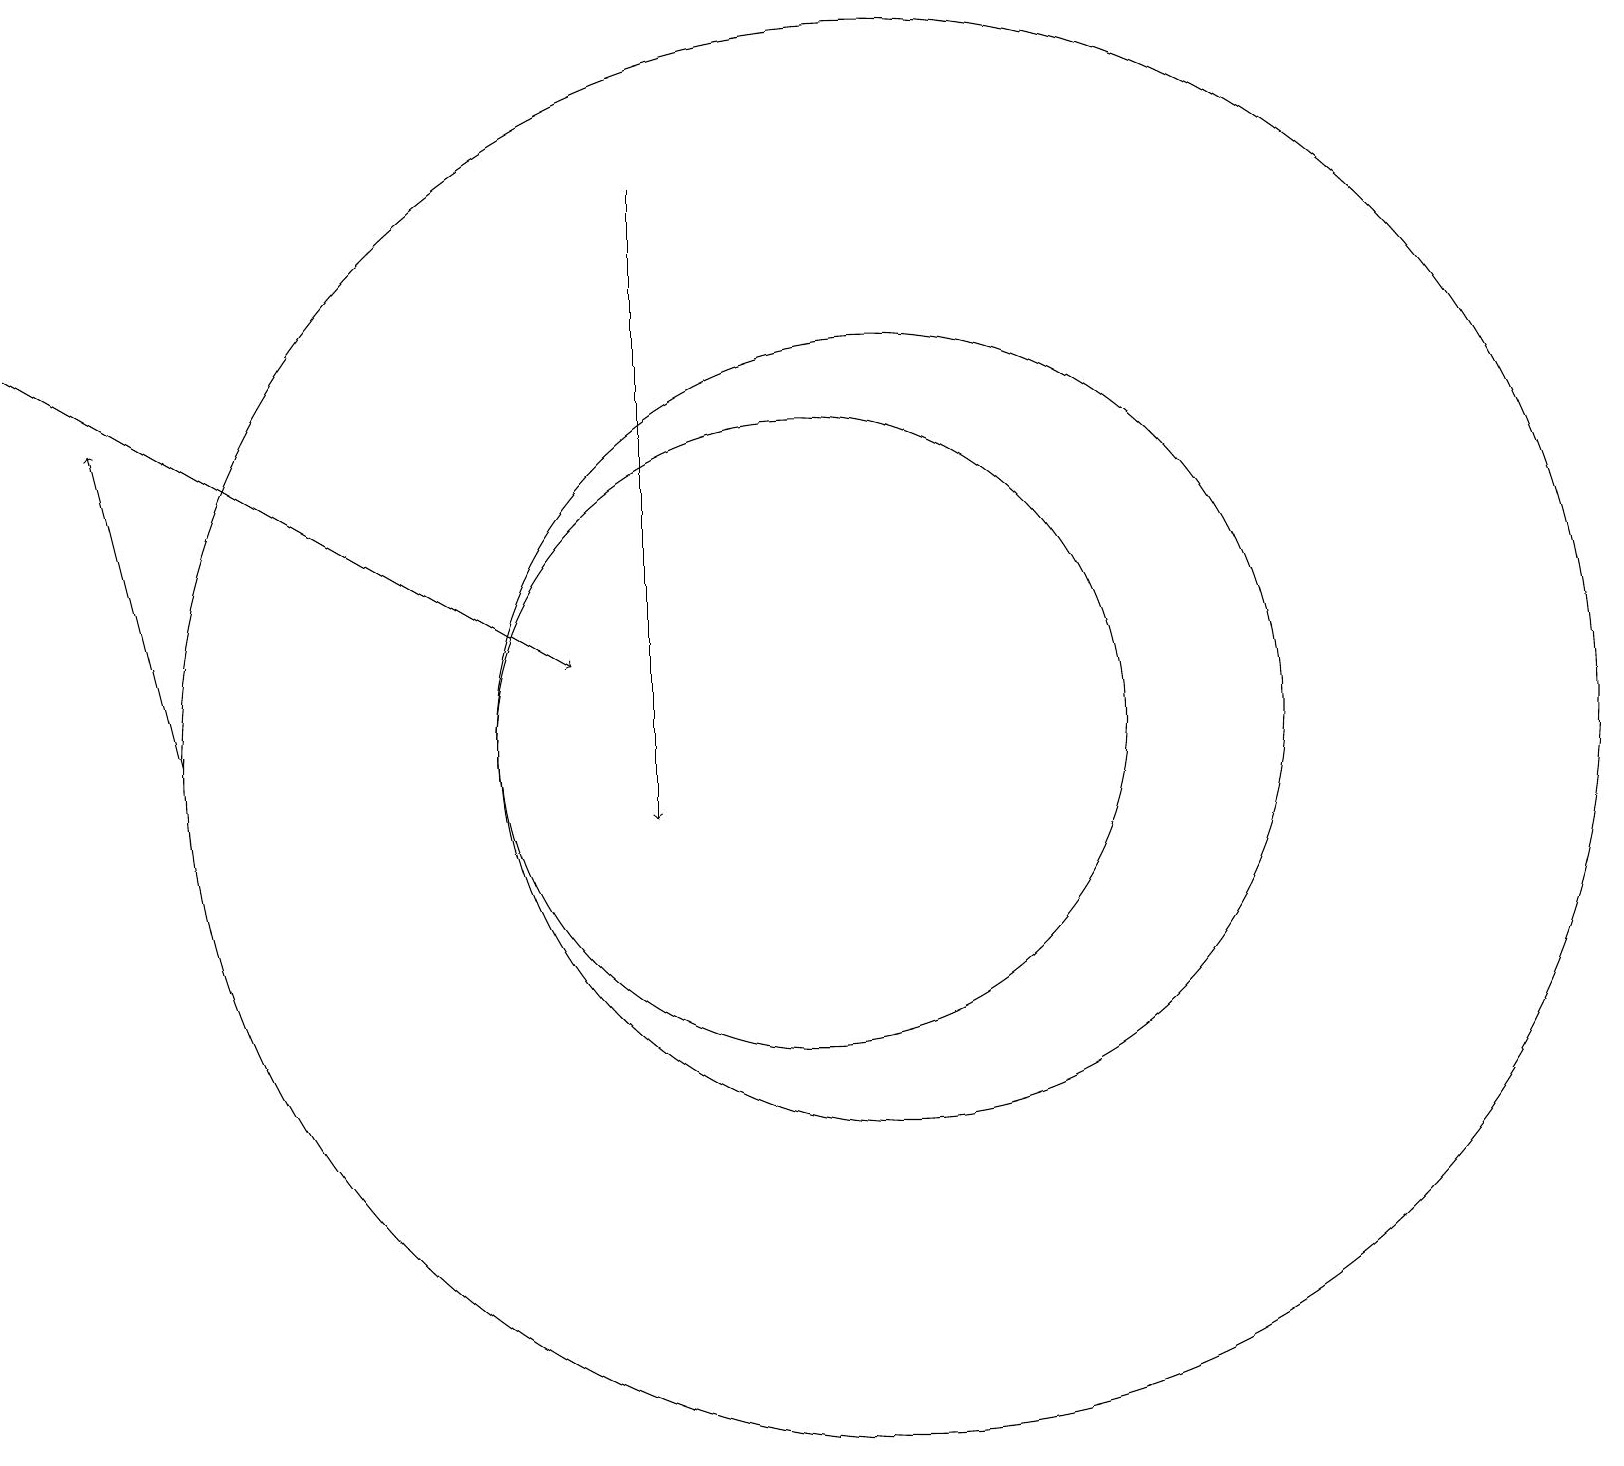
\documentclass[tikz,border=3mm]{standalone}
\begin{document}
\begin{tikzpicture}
\draw[->] (2,11) -- (1,15);
\draw[->] (0,16) -- (7,12);
\draw (11,11) circle (5);
\draw (11,11) circle (9);
\draw (10,11) circle (4);
\draw[->] (8,18) -- (8,10);
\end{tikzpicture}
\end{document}